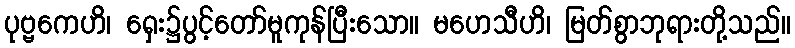
ပုဗ္ဗကေဟိ၊ ရှေး၌ပွင့်တော်မူကုန်ပြီးသော။ မဟေသီဟိ၊ မြတ်စွာဘုရားတို့သည်။